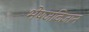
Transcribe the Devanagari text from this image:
भेषजविज्ञान